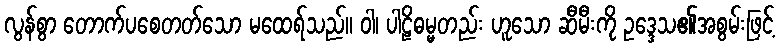
လွန်စွာ တောက်ပစေတတ်သော မထေရ်သည်။ ဝါ၊ ပါဠိဓမ္မတည်း ဟူသော ဆီမီးကို ဥဒ္ဒေသ၏အစွမ်းဖြင့်